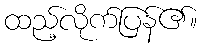
ထည့်လိုက်ပြန်၏။